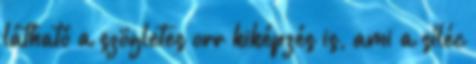
látható a szögletes orr kiképzés is, ami a síléc